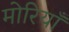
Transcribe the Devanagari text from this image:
मोरियाँ